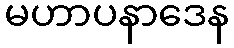
မဟာပနာဒေန